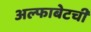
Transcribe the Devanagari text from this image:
अल्फाबेटची